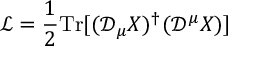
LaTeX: \mathcal { L } = \frac { 1 } { 2 } \mathrm { T r } [ ( \mathcal { D } _ { \mu } X ) ^ { \dagger } ( \mathcal { D } ^ { \mu } X ) ]